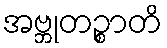
အဗ္ဘုတဉ္စာတိ